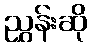
ညွှန်းဆို